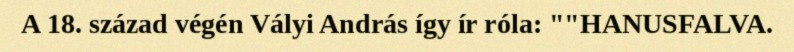
A 18. század végén Vályi András így ír róla: ""HANUSFALVA.